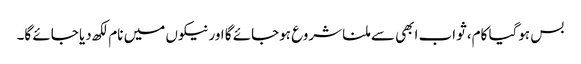
بس ہوگیا کام، ثواب ابھی سے ملنا شروع ہوجائے گا اور نیکوں میں نام لکھ دیا جائے گا۔